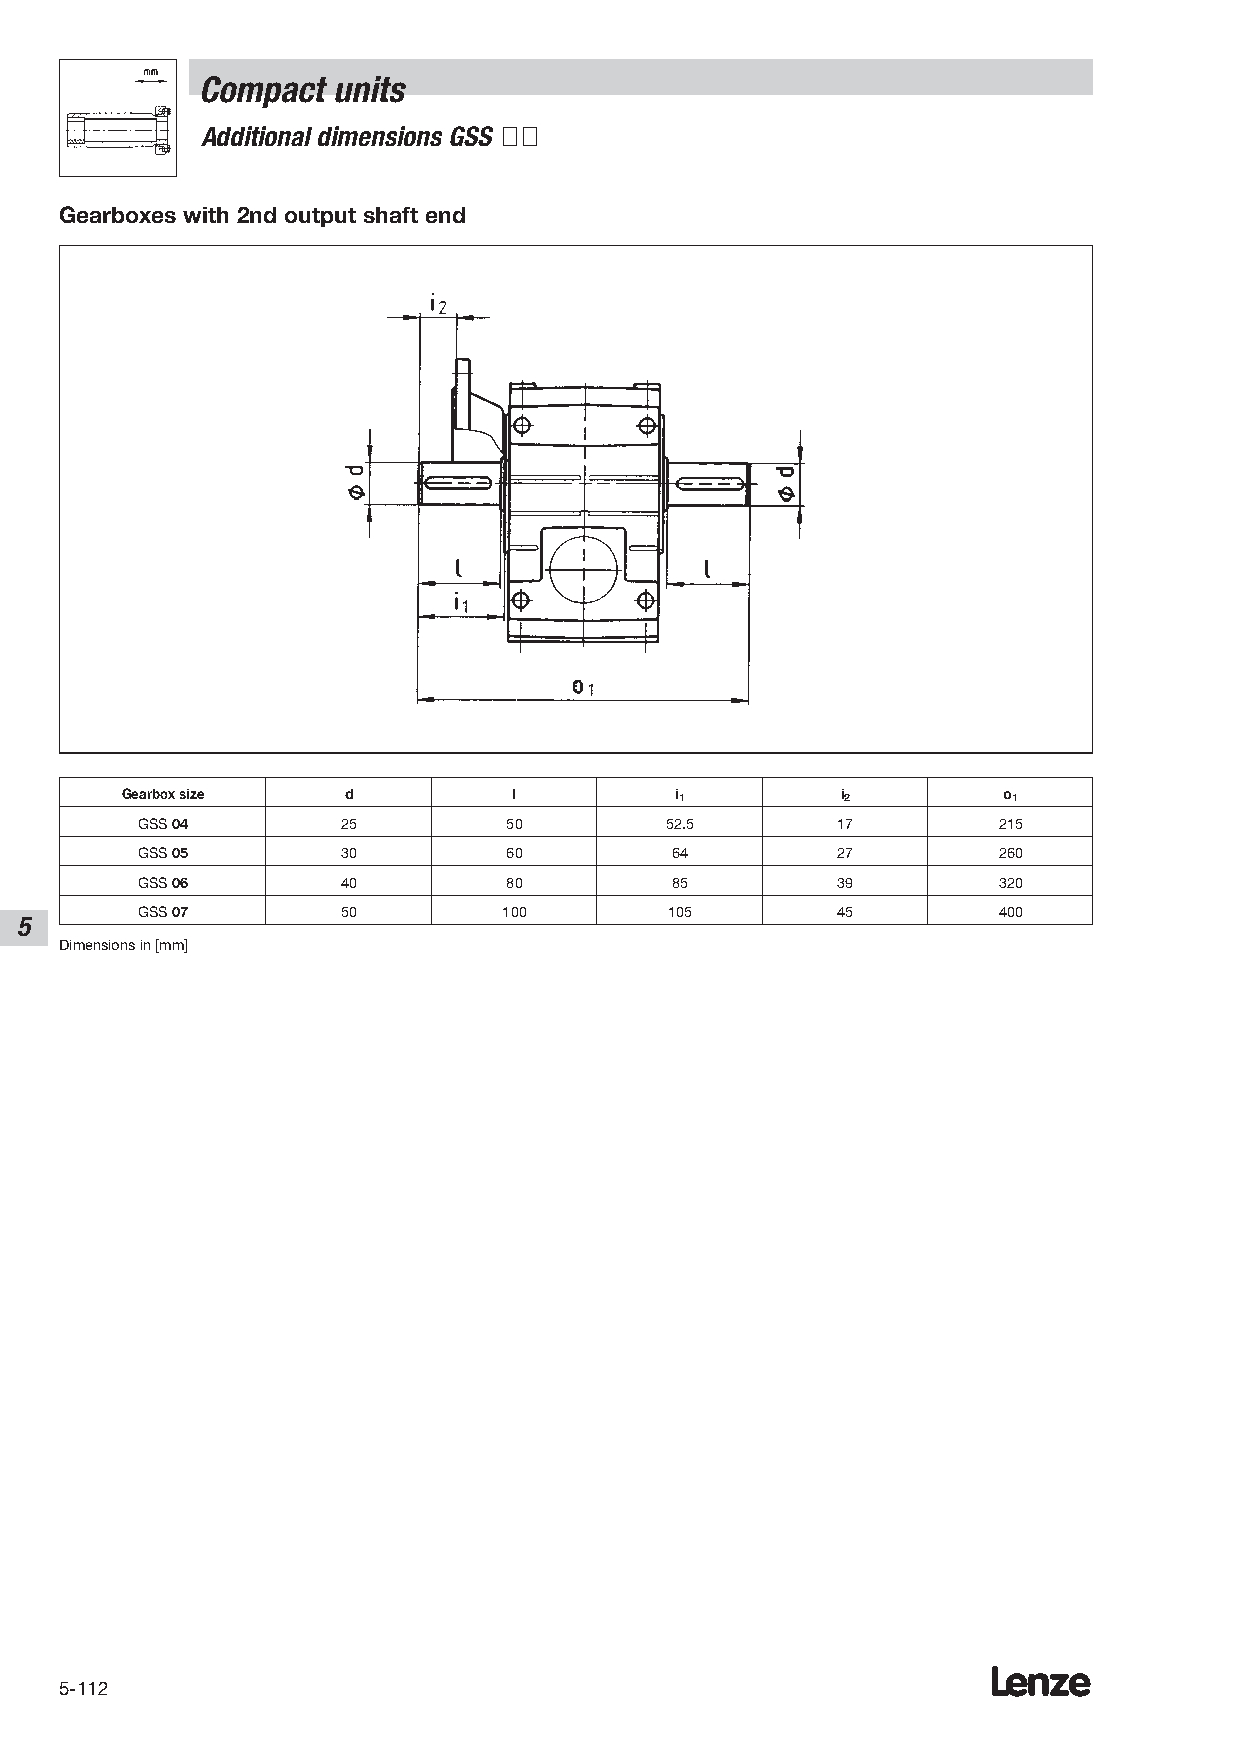
Compact  units
 Additional dimensions GSS ÇÇ
 Gearboxes with 2nd output shaft end
 Gearbox size   d          l          i1         i2        o1
 GSS 04        25         50        52.5       17         215
 GSS 05        30         60        64         27         260
 GSS 06        40         80        85         39         320
 GSS 07        50        100        105        45         400
 5
 Dimensions in [mm]
 Lenze
 5-112